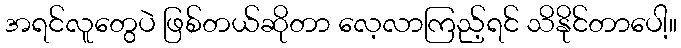
အရင်လူတွေပဲ ဖြစ်တယ်ဆိုတာ လေ့လာကြည့်ရင် သိနိုင်တာပေါ့။